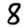
Digit: 8